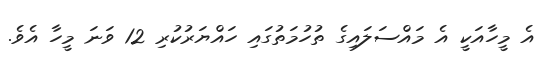
އެ މީހާއަކީ އެ މައްސަލައިގެ ތުހުމަތުގައި ހައްޔަރުކުރި 12 ވަނަ މީހާ އެވެ.